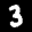
Label: 3